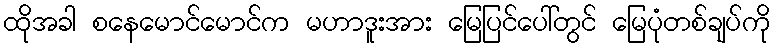
ထိုအခါ စနေမောင်မောင်က မဟာဒူးအား မြေပြင်ပေါ်တွင် မြေပုံတစ်ချပ်ကို